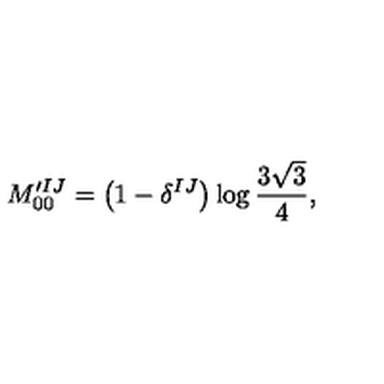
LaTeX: M _ { 0 0 } ^ { \prime I J } = \bigl ( 1 - \delta ^ { I J } \bigr ) \log \frac { 3 \sqrt { 3 } } { 4 } ,